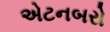
એટનબરો